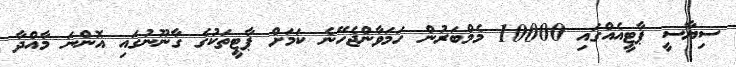
ސިޔާސީ ޕާޓީއެއްގައި 10000 މެމްބަރުން ހަމަވާންޖެހޭނެ ކަމަށް ޕާޓީތަކުގެ ގާނޫނުގައި އޮންނަ މާއްދާ